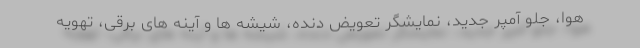
هوا، جلو آمپر جدید، نمایشگر تعویض دنده، شیشه ها و آینه های برقی، تهویه